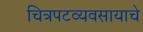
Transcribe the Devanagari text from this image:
चित्रपटव्यवसायाचे